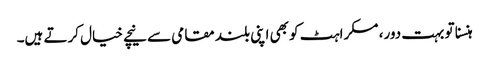
ہنسنا تو بہت دور، مسکراہٹ کو بھی اپنی بلند مقامی سے نیچے خیال کرتے ہیں۔